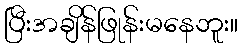
ပြီးအချိန်ဖြုန်းမနေဘူး။